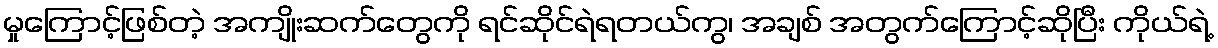
မှုကြောင့်ဖြစ်တဲ့ အကျိုးဆက်တွေကို ရင်ဆိုင်ရဲရတယ်ကွ၊ အချစ် အတွက်ကြောင့်ဆိုပြီး ကိုယ်ရဲ့